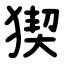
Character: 猰